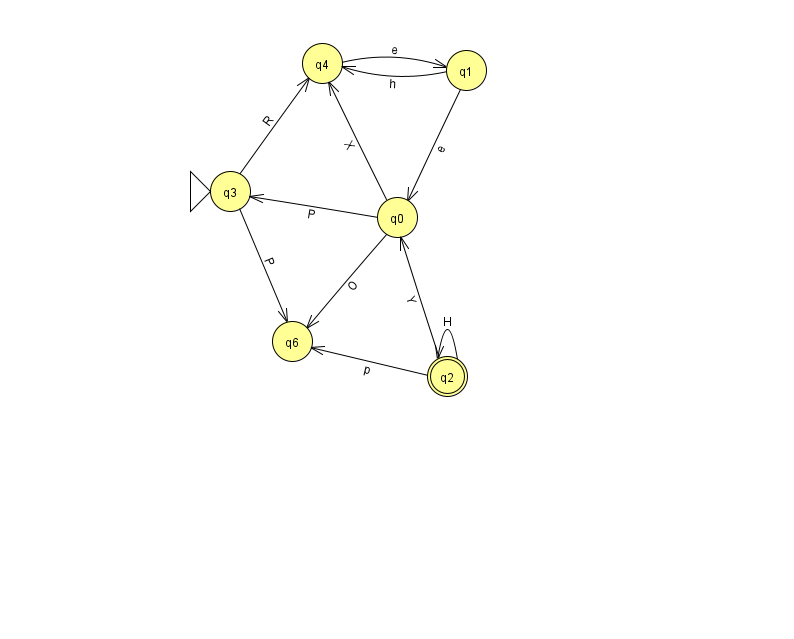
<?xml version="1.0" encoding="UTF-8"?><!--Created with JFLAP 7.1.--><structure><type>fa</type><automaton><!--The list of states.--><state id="0" name="q0"><x>397.0</x><y>204.0</y></state><state id="1" name="q1"><x>466.0</x><y>57.0</y></state><state id="2" name="q2"><x>447.0</x><y>363.0</y><final/></state><state id="3" name="q3"><x>230.0</x><y>178.0</y><initial/></state><state id="4" name="q4"><x>322.0</x><y>50.0</y></state><state id="6" name="q6"><x>292.0</x><y>328.0</y></state><!--The list of transitions.--><transition><from>2</from><to>6</to><read>p</read></transition><transition><from>0</from><to>3</to><read>P</read></transition><transition><from>3</from><to>6</to><read>P</read></transition><transition><from>0</from><to>4</to><read>X</read></transition><transition><from>1</from><to>0</to><read>e</read></transition><transition><from>1</from><to>4</to><read>h</read></transition><transition><from>2</from><to>0</to><read>Y</read></transition><transition><from>2</from><to>2</to><read>H</read></transition><transition><from>4</from><to>1</to><read>e</read></transition><transition><from>3</from><to>4</to><read>R</read></transition><transition><from>0</from><to>6</to><read>O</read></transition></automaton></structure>